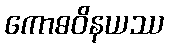
ကောဓဝိနယဿ